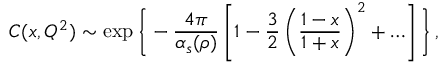
C ( x , Q ^ { 2 } ) \sim \exp \Bigg \{ - \frac { 4 \pi } { \alpha _ { s } ( \rho ) } \left[ 1 - \frac { 3 } { 2 } \left( \frac { 1 - x } { 1 + x } \right) ^ { 2 } + \ldots \right] \Bigg \} \, ,